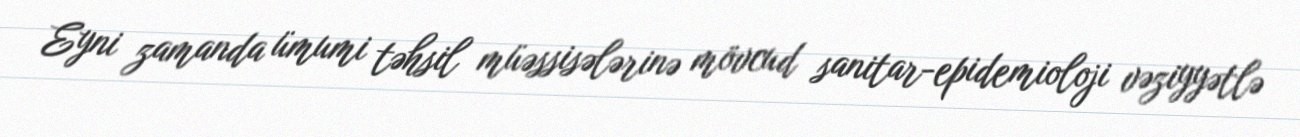
Eyni zamanda ümumi təhsil müəssisələrinə mövcud sanitar-epidemioloji vəziyyətlə